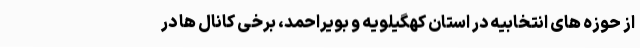
از حوزه های انتخابیه در استان کهگیلویه و بویراحمد، برخی کانال ها در